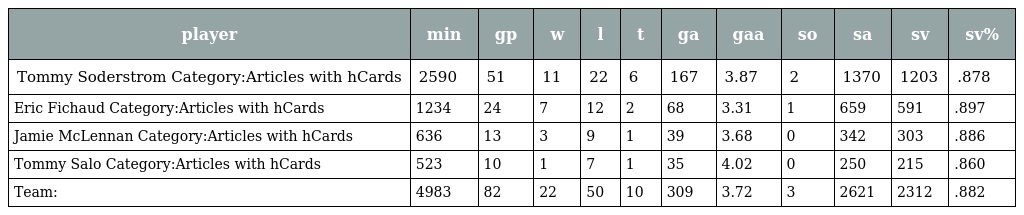
| player | min | gp | w | l | t | ga | gaa | so | sa | sv | sv% |
 | --- | --- | --- | --- | --- | --- | --- | --- | --- | --- | --- | --- |
 | Tommy Soderstrom Category:Articles with hCards | 2590 | 51 | 11 | 22 | 6 | 167 | 3.87 | 2 | 1370 | 1203 | .878 |
 | Eric Fichaud Category:Articles with hCards | 1234 | 24 | 7 | 12 | 2 | 68 | 3.31 | 1 | 659 | 591 | .897 |
 | Jamie McLennan Category:Articles with hCards | 636 | 13 | 3 | 9 | 1 | 39 | 3.68 | 0 | 342 | 303 | .886 |
 | Tommy Salo Category:Articles with hCards | 523 | 10 | 1 | 7 | 1 | 35 | 4.02 | 0 | 250 | 215 | .860 |
 | Team: | 4983 | 82 | 22 | 50 | 10 | 309 | 3.72 | 3 | 2621 | 2312 | .882 |